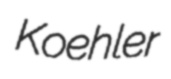
Koehler